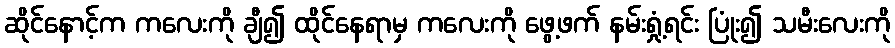
ဆိုင်နောင့်က ကလေးကို ချီ၍ ထိုင်နေရာမှ ကလေးကို ဖွေ့ဖက် နမ်းရှုံ့ရင်း ပြုံး၍ သမီးလေးကို